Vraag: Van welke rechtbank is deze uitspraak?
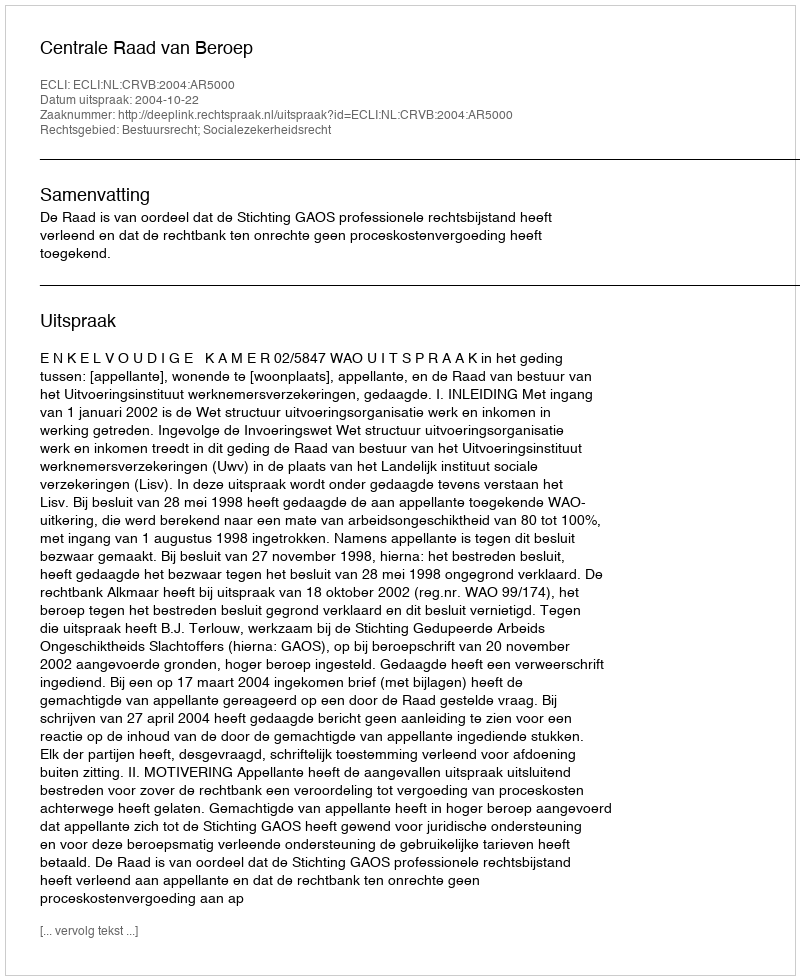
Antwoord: Centrale Raad van Beroep